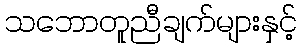
သဘောတူညီချက်များနှင့်